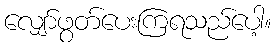
လျှော်ဖွတ်ပေးကြရသည်ပေါ့။